Annual report on the Civil Veterinary Department, Burma (including the Insein Veterinary School) - 1932-1941
Year: 1932
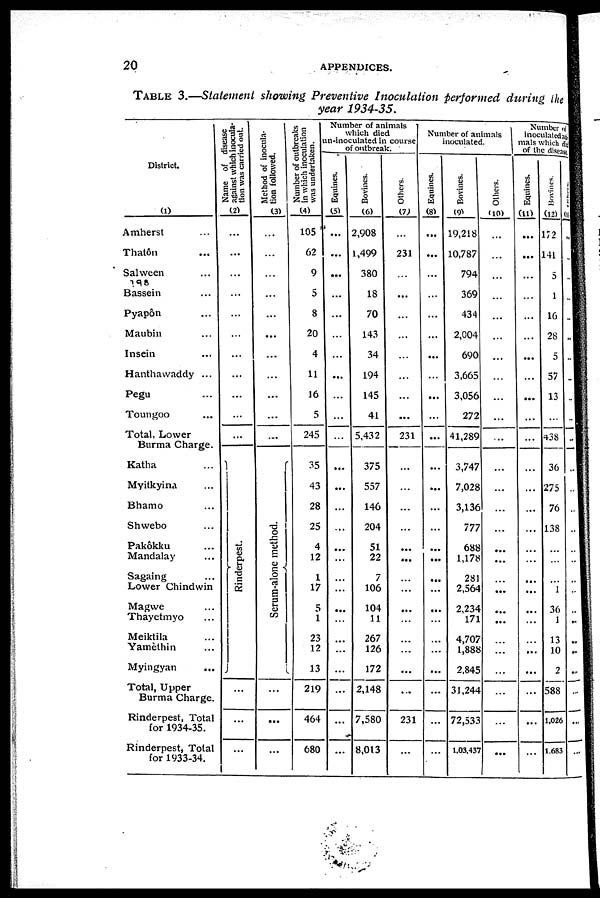
20
APPENDICES.
TABLE 3. -Statement showing Preventive Inoculation performed during the
year 1934-35.
District
(1)
Amherst ...
Thatôn ...
Salween ...
198
Bassein ...
Pyapôn ...
Maubin ...
Insein ...
Hanthawaddy ...
Pegu ...
Toungoo ...
Total, Lower
Burma Charge.
Katha ...
Myitkyina ...
Bhamo ...
Shwebo ...
Pakôkku ...
Mandalay ...
Sagaing ...
Lower Chindwin
Magwe ...
Thayetmyo ...
Meiktila ...
Yamèthin ...
Myingyan
...
Total, Upper
Burma Charge.
Rinderpest, Total
for 1934-35.
Rinderpest, Total
for 1933-34.
Name of disease
against which inocula-
tion was carried out
(2)
...
...
...
...
...
...
...
...
...
...
...
Rinderpest.
...
...
...
Method of inocula-
tion followed.
(3)
...
...
...
...
...
...
...
...
...
...
...
Serum-alone method.
...
...
...
Number of outbreaks
in which inoculation
was undertaken.
(4)
105
62
9
5
8
20
4
11
16
5
245
35
43
28
25
4
12
1
17
5
1
23
12
13
219
464
680
Number of animals
which died
un-inoculated in course
of outbreak.
Equines.
(5)
...
...
...
...
...
...
...
...
...
...
...
...
...
...
...
...
...
...
...
...
...
...
...
...
...
...
...
Bovines.
(6)
2,908
1,499
380
18
70
143
34
194
145
41
5,432
375
557
146
204
51
22
7
106
104
11
267
126
172
2,148
7,580
8,013
Others.
(7)
...
231
...
...
...
...
...
...
...
...
231
...
...
...
...
...
...
...
...
...
...
...
...
...
...
231
...
Number of animals
inoculated.
Equines.
(8)
...
...
...
...
...
...
...
...
...
...
...
...
...
...
...
...
...
...
...
...
...
...
...
...
...
...
...
Bovines.
(9)
19,218
10,787
794
369
434
2,004
690
3,665
3,056
272
41,289
3,747
7,028
3,136
777
688
1,178
281
2,564
2,234
171
4,707
1,888
2,845
31,244
72,533
1,03,437
Others.
(10)
...
...
...
...
...
...
...
...
...
...
...
...
...
...
...
...
...
...
...
...
...
...
...
...
...
...
...
Number of
inoculated ani-
mals which die
of the disease.
Equines.
(11)
...
...
...
...
...
...
...
...
...
...
...
...
...
...
...
...
...
...
...
...
...
...
...
...
...
...
...
Bovines.
(12)
172
141
5
1
16
28
5
57
13
...
438
36
275
76
138
...
...
...
1
36
1
13
10
2
588
1,026
1,683
Others.
(13)
..
.
.
..
..
..
..
..
..
..
..
..
..
..
..
..
..
..
..
..
..
..
..
..
..
..
..